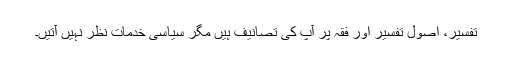
تفسیر، اُصول تفسیر اور فقہ پر آپ کی تصانیف ہیں مگر سیاسی خدمات نظر نہیں آتیں۔